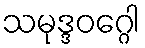
သမုဒ္ဒဝဂ္ဂေါ